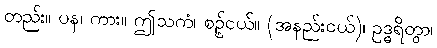
တည်း။ ပန၊ ကား။ ဤသကံ၊ စဉ့်ငယ်။ (အနည်းငယ်)၊ ဥဒ္ဓရိတွာ၊